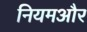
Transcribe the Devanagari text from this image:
नियमऔर